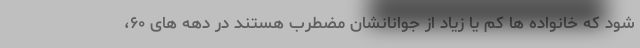
شود که خانواده ها کم یا زیاد از جوانانشان مضطرب هستند در دهه های ۶۰،